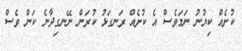
ކުށެއް ކިޔުނު ނަމަވެސް އެ ކުށެއް ރަނގަޅު ކުރަން ނޭނގިދާނެ ކަން ވެސް